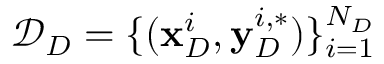
\mathcal { D } _ { D } = \{ ( \mathbf { x } _ { D } ^ { i } , \mathbf { y } _ { D } ^ { i , * } ) \} _ { i = 1 } ^ { N _ { D } }